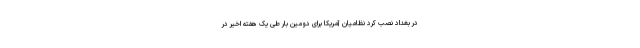
در بغداد نصب کرد نظامیان آمریکا برای دومین بار طی یک هفته اخیر در